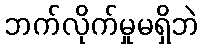
ဘက်လိုက်မှုမရှိဘဲ